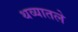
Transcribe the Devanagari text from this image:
थव्यातले